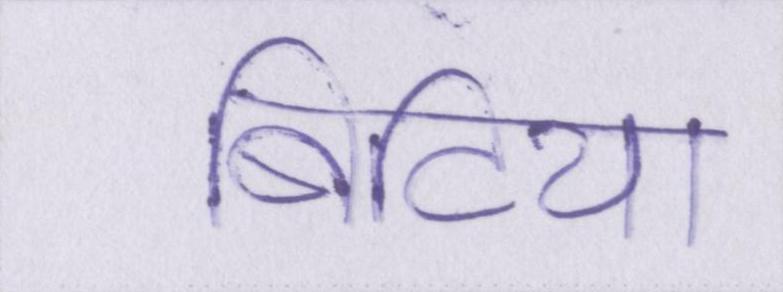
बिटिया